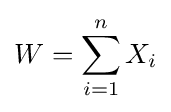
W=\sum _{i=1}^{n}X_{i}